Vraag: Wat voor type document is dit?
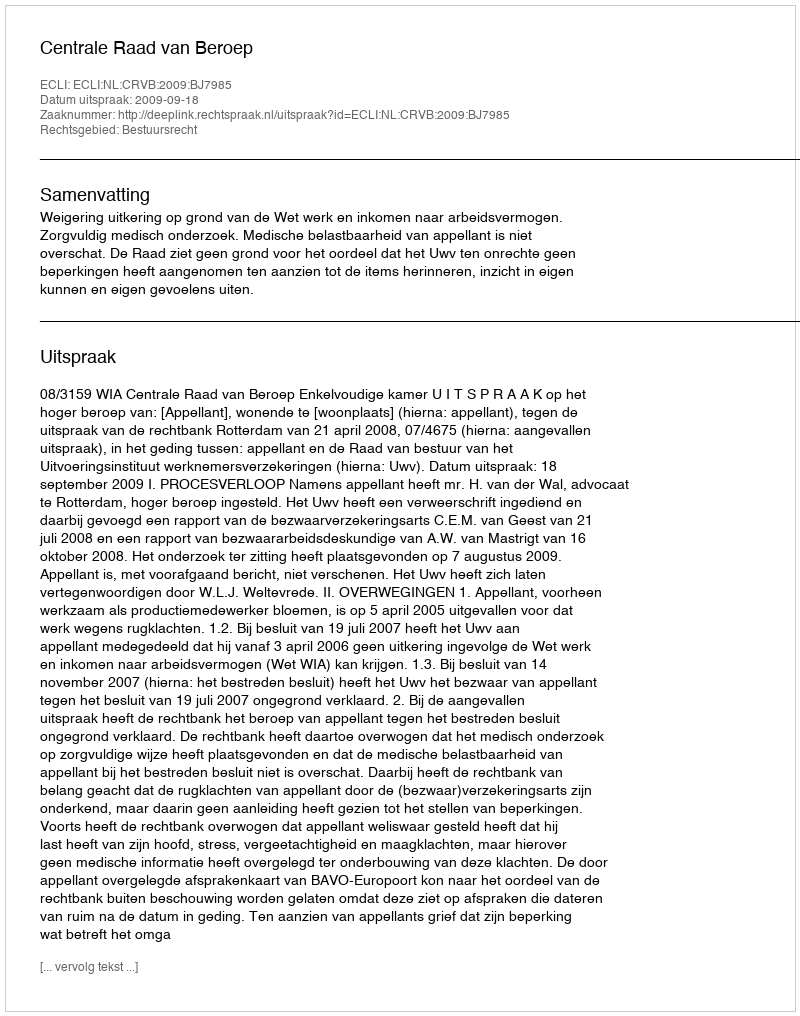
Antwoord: Uitspraak